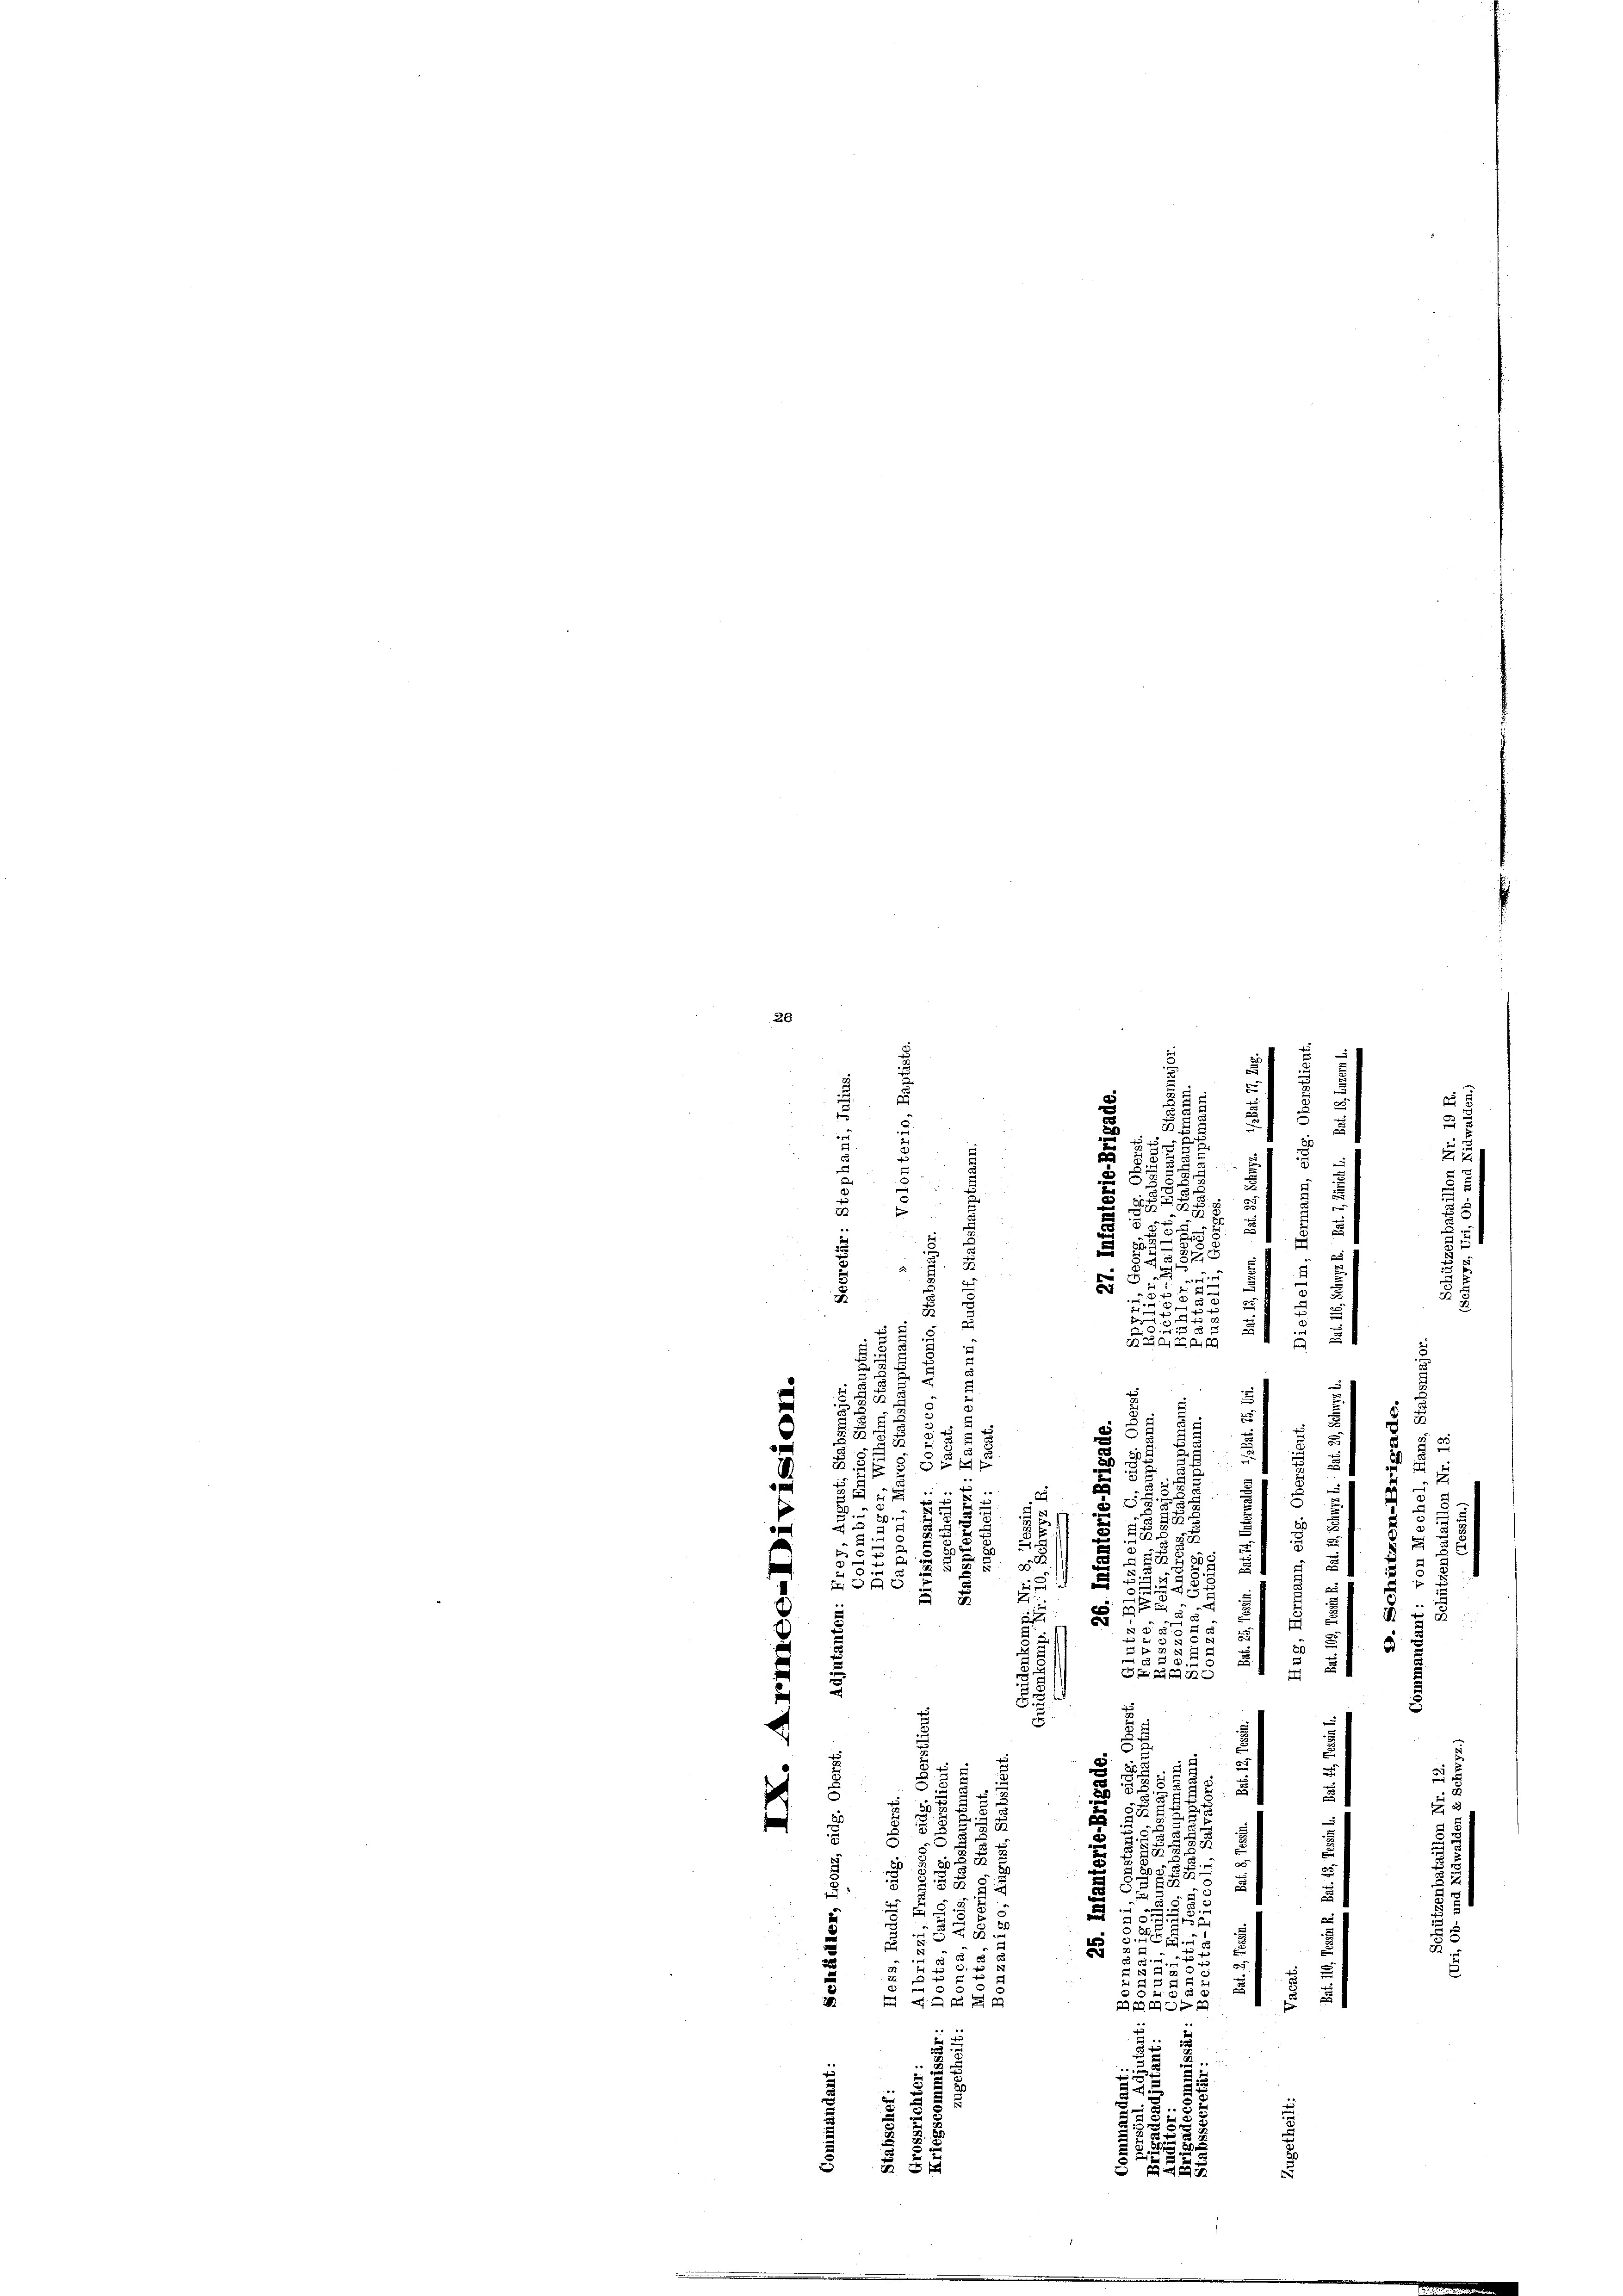
.
2
e
2
u
.
e
e
3
u
 5
e
e
50
e

.

f
g
x
S
2
F
n
2
5
¬
27

5
u
5
u
.
a
3
5
u
g
u
.
u

e
u
2

2
3.
5 x 4
d
1

.
2
1210
e
.

e
f
a
 E
n
5
g
e
0 x
B. § 18
e

e
27
A
d
2.1
e
5
u
¬
5
a
e
 5 x
i
n
3
§ 55
1
x
g
u
3 u 5
22,

3
s

n
5
2
.

8

:
g
d
27

f

d
8

d
.
 5

2
d
5
u
e
5
815
2
 xx
n
§ 42.
25
1
 5
.
x
e

u
.

20
A

1
3
2
i
5
u
2

1

2
3

20